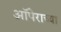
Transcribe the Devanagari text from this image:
ऑपेराच्या